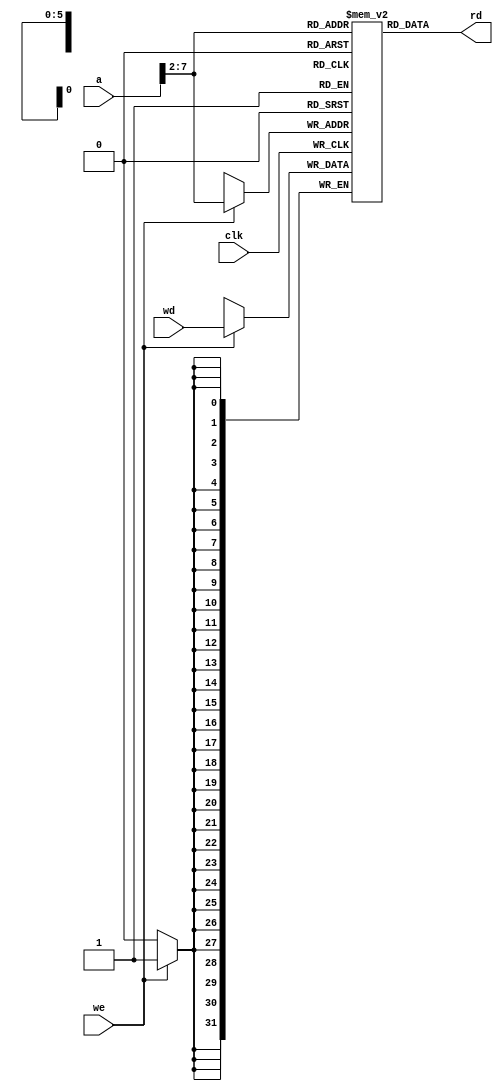
//------------------------------------------------
// mipsmem.v
// David_Harris@hmc.edu 23 October 2005
// External memories used by MIPS single-cycle
// processor
//------------------------------------------------

module dmem(input         clk, we,
            input  [31:0] a, wd,
            output [31:0] rd);

  reg  [31:0] RAM[63:0];

  assign rd = RAM[a[31:2]]; // word aligned

  always @(posedge clk)
    if (we)
      RAM[a[31:2]] <= wd;
endmodule


module imem(input  [5:0] a,
            output [31:0] rd);

  reg  [31:0] RAM[63:0];

  initial
    begin
      $readmemh("memfile.dat",RAM);
    end

  assign rd = RAM[a]; // word aligned
endmodule